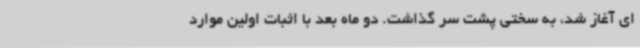
ای آغاز شد، به سختی پشت سر گذاشت. دو ماه بعد با اثبات اولین موارد